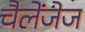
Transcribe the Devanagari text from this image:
चैलेंजेज